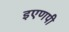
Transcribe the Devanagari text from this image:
इएणपी